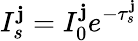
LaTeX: I_{s}^{\mathbf{j}}=I_{0}^{\mathbf{j}}e^{-{\tau_{s}^{\mathbf{j}}}}